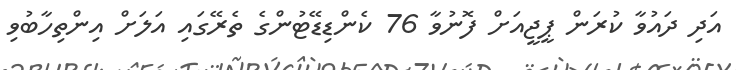
އަދި ދައުވާ ކުރަން ޕީޖީއަށް ފޮނުވާ 76 ކެންޑިޑޭޓުންގެ ތެރޭގައި އަލަށް އިންތިހާބުވި